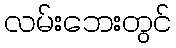
လမ်းဘေးတွင်